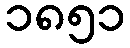
၁၈၅၁